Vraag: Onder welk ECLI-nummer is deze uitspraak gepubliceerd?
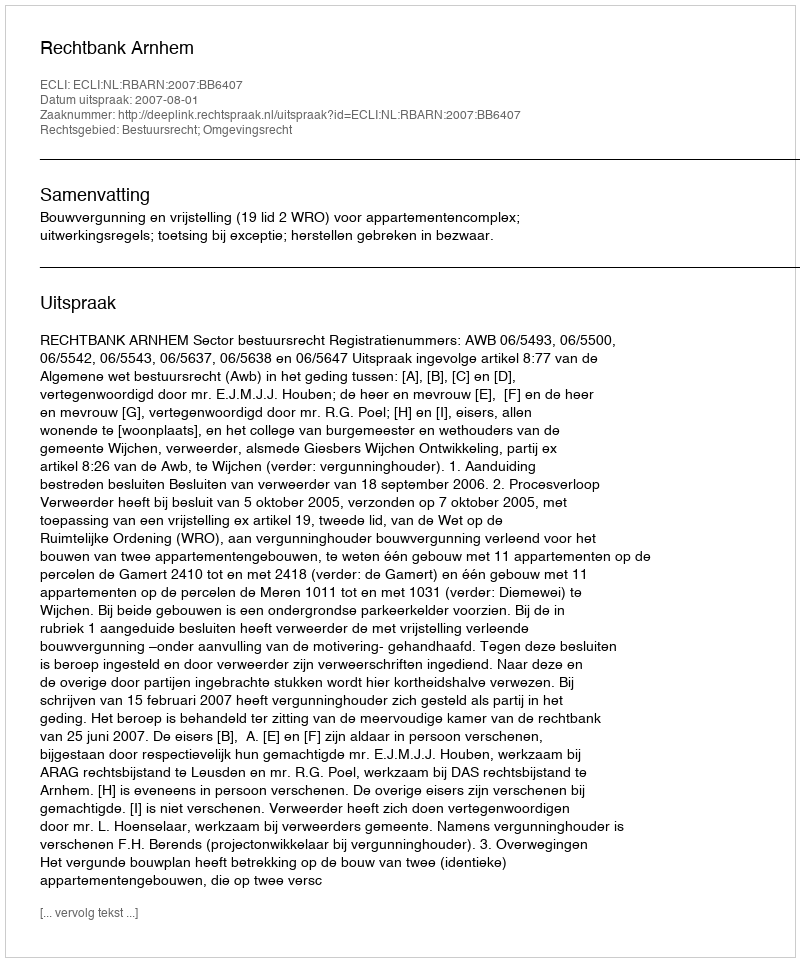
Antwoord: ECLI:NL:RBARN:2007:BB6407